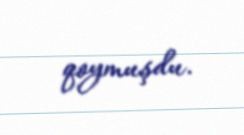
qoymuşdu.